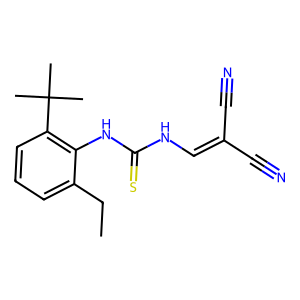
SMILES: CCc1cccc(C(C)(C)C)c1NC(=S)NC=C(C#N)C#N
Inhibits HIV replication: No